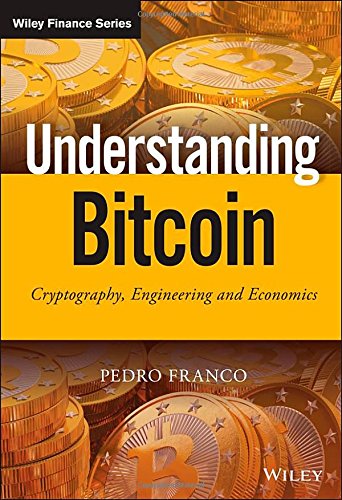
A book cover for Understanding Bitcoin: Cryptography, Engineering and Economics (The Wiley Finance Series); Pedro Franco; Computers & Technology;